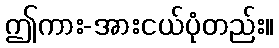
ဤကား-အားငယ်ပုံတည်း။